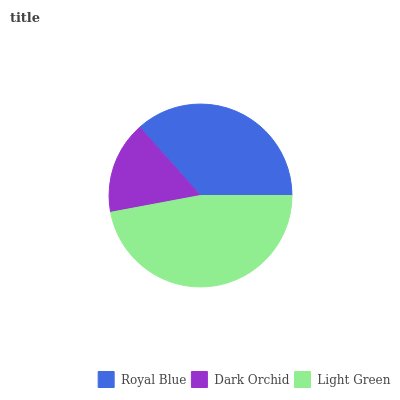
| Royal Blue | Dark Orchid | Light Green |
 | --- | --- | --- |
 | 36.6% | 16.4% | 47.1% |